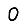
Digit: 0